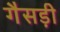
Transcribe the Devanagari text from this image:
गैसड़ी